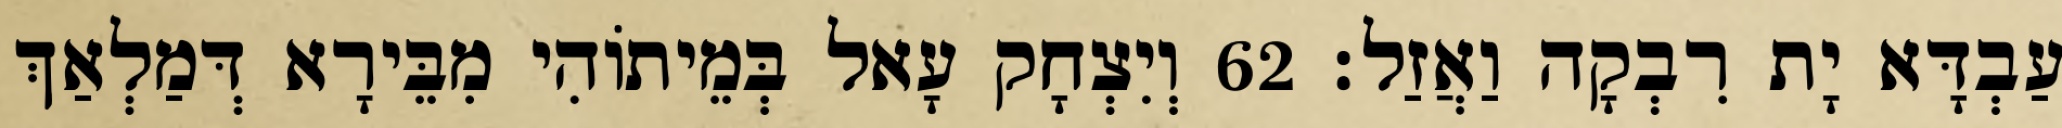
עַבְדָּא יָת רִבְקָה וַאֲזַל׃ 62 וְיִצְחָק עָאל בְּמֵיתוֹהִי מִבֵּירָא דְּמַלְאַךְ